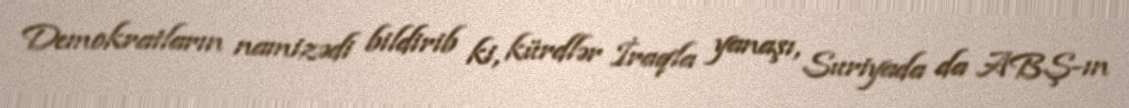
Demokratların namizədi bildirib ki, kürdlər İraqla yanaşı, Suriyada da ABŞ-ın